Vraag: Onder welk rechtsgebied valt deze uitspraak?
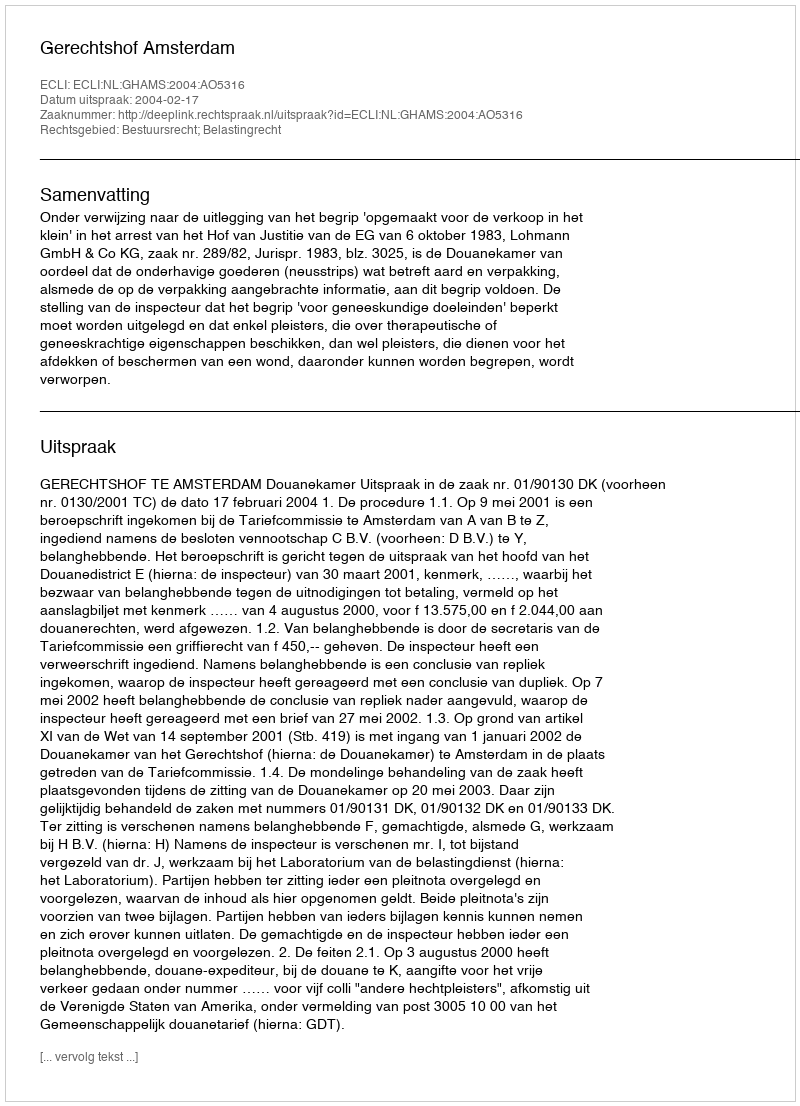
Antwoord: Bestuursrecht; Belastingrecht